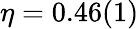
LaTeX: \eta=0.46(1)